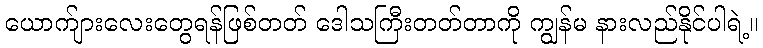
ယောက်ျားလေးတွေရန်ဖြစ်တတ် ဒေါသကြီးတတ်တာကို ကျွန်မ နားလည်နိုင်ပါရဲ့။